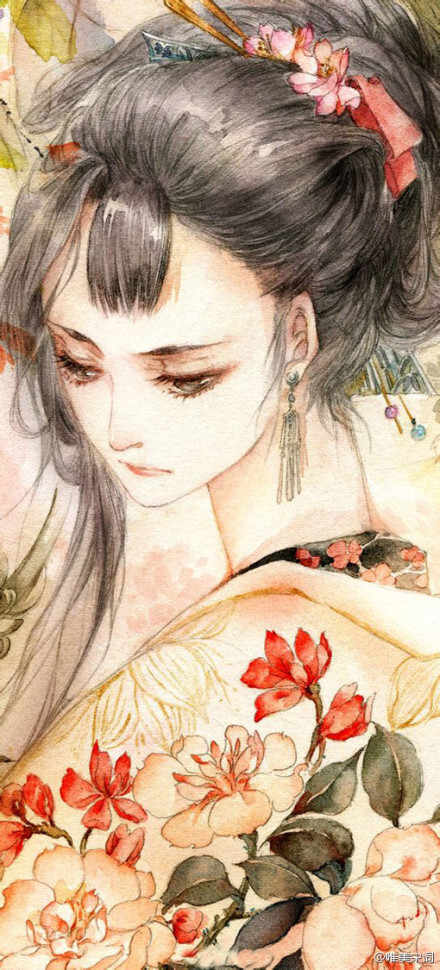
醉里秋波，梦中朝雨，都是醒时烦恼。